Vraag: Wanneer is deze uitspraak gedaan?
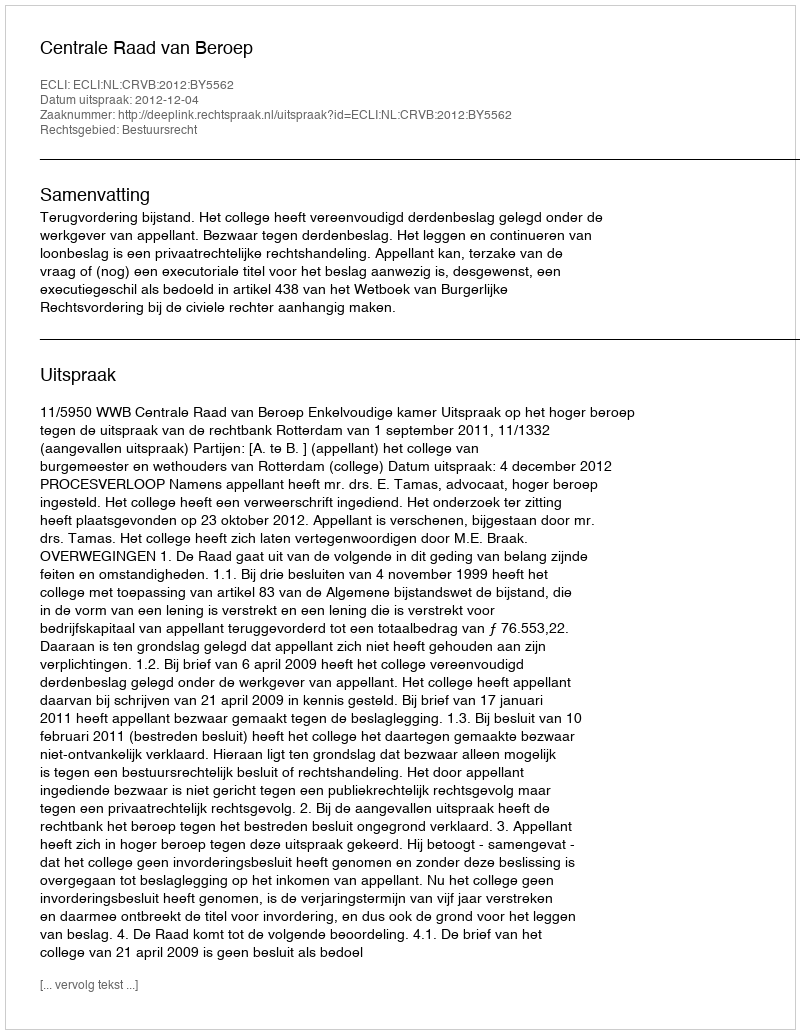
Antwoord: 2012-12-04